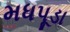
મધપૂડા